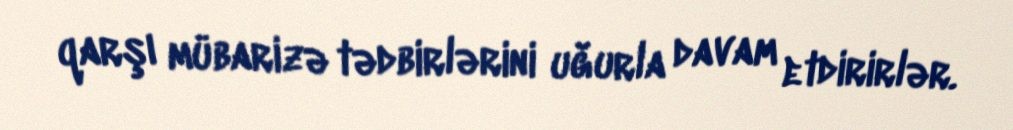
qarşı mübarizə tədbirlərini uğurla davam etdirirlər.